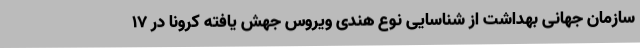
سازمان جهانی بهداشت از شناسایی نوع هندی ویروس جهش یافته کرونا در ۱۷